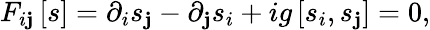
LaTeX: F_{i\mathbf{j}}\left[s\right]=\partial_{i}s_{\mathbf{j}}-\partial_{\mathbf{j}}s_{i}+ig\left[s_{i},s_{\mathbf{j}}\right]=0,